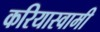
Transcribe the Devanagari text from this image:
करियास्वामी